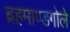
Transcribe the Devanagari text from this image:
ब्रहमाण्डगोले